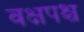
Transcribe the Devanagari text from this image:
वक्षपश्च